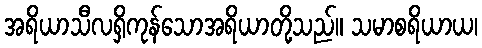
အရိယာသီလရှိကုန်သောအရိယာတို့သည်။ သမာစရိယာယ၊